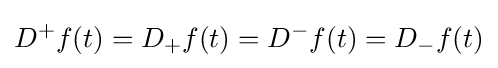
D^{+}f(t)=D_{+}f(t)=D^{-}f(t)=D_{-}f(t)